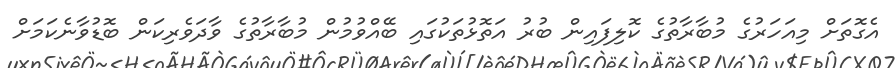
އެގޮތަށް މިއަހަރުގެ މުބާރާތުގެ ކޮލިފައިން ބުރު އަތޮޅުތަކުގައި ބޭއްވުމުން މުބާރާތުގެ ވާދަވެރިކަން ބޮޑުވާނެކަމަށް